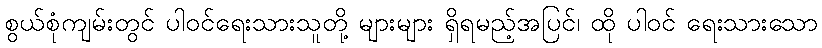
စွယ်စုံကျမ်းတွင် ပါဝင်ရေးသားသူတို့ များများ ရှိရမည့်အပြင်၊ ထို ပါဝင် ရေးသားသော